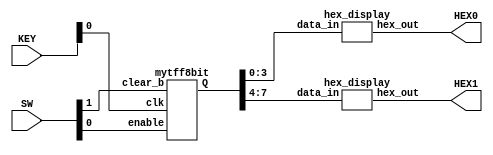
module myTFF(SW, KEY, HEX0, HEX1);
    input [1:0] SW; // SW[0] is the 'enable' switch, SW[1] is the 'clear_b_signal' switch
    input [3:0] KEY; 
    
    output [6:0] HEX0;
    output [6:0] HEX1;     
    
    wire [7:0] w;

    mytff8bit mytff0(   
        .enable(SW[0]),
        .clk(KEY[0]),
        .clear_b(SW[1]),
        .Q(w[7:0])
    );
    
    hex_display d0(
	.data_in(w[3:0]),
	.hex_out(HEX0[6:0])
    );

    hex_display d1(
	.data_in(w[7:4]),
	.hex_out(HEX1[6:0])
    );

endmodule

module mytff8bit(enable, clk, clear_b, Q);
    input enable;
    input clk;
    input clear_b;
    output [7:0] Q;

    toggleflipflop mytff0(
        .t(enable),
        .clock(clk),
        .clear_b_signal(clear_b),
        .q(Q[0])
    );

    toggleflipflop mytff1(
        .t(enable & Q[0]),
        .clock(clk),
        .clear_b_signal(clear_b),
        .q(Q[1])
    );

    toggleflipflop mytff2(
        .t(enable & Q[0] & Q[1]),
        .clock(clk),
        .clear_b_signal(clear_b),
        .q(Q[2])
    );

    toggleflipflop mytff3(
        .t(enable & Q[0] & Q[1] & Q[2]),
        .clock(clk),
        .clear_b_signal(clear_b),
        .q(Q[3])
    );

    toggleflipflop mytff4(
        .t(enable & Q[0] & Q[1] & Q[2] & Q[3]),
        .clock(clk),
        .clear_b_signal(clear_b),
        .q(Q[4])
    );

    toggleflipflop mytff5(
        .t(enable & Q[0] & Q[1] & Q[2] & Q[3] & Q[4]),
        .clock(clk),
        .clear_b_signal(clear_b),
        .q(Q[5])
    );

    toggleflipflop mytff6(
        .t(enable & Q[0] & Q[1] & Q[2] & Q[3] & Q[4] & Q[5]),
        .clock(clk),
        .clear_b_signal(clear_b),
        .q(Q[6])
    );

    toggleflipflop mytff7(
        .t(enable & Q[0] & Q[1] & Q[2] & Q[3] & Q[4] & Q[5] & Q[6]),
        .clock(clk),
        .clear_b_signal(clear_b),
        .q(Q[7])
    );
endmodule

module toggleflipflop(t, clock, clear_b_signal, q);
		input t; // t input fr the given register
		input clock; //Clock signal
		input clear_b_signal; //to clear the register 
		output q; // output of the register. 
		
		reg q;
		
		always @(posedge clock, negedge clear_b_signal)
		begin
			if (clear_b_signal == 1'b0)
				q <= 0;
			else if (t)
				q <= ~q;
		end
endmodule

module hex_display(data_in, hex_out);
	input [3:0] data_in;
	output [6:0] hex_out;
	
	segment_zero s0(
		.c3(data_in[3]),
		.c2(data_in[2]),
		.c1(data_in[1]),
		.c0(data_in[0]),
		.x(hex_out[0])
	);
	
	segment_one s1(
		.c3(data_in[3]),
		.c2(data_in[2]),
		.c1(data_in[1]),
		.c0(data_in[0]),
		.x(hex_out[1])
	);
	
	segment_two s2(
		.c3(data_in[3]),
		.c2(data_in[2]),
		.c1(data_in[1]),
		.c0(data_in[0]),
		.x(hex_out[2])
	);
	
	segment_three s3(
		.c3(data_in[3]),
		.c2(data_in[2]),
		.c1(data_in[1]),
		.c0(data_in[0]),
		.x(hex_out[3])
	);
	
	segment_four s4(
		.c3(data_in[3]),
		.c2(data_in[2]),
		.c1(data_in[1]),
		.c0(data_in[0]),
		.x(hex_out[4])
	);
	
	segment_five s5(
		.c3(data_in[3]),
		.c2(data_in[2]),
		.c1(data_in[1]),
		.c0(data_in[0]),
		.x(hex_out[5])
	);
	
	segment_six s6(
		.c3(data_in[3]),
		.c2(data_in[2]),
		.c1(data_in[1]),
		.c0(data_in[0]),
		.x(hex_out[6])
	);
endmodule

module segment_zero(c3, c2, c1, c0, x);
	input c3;
	input c2;
	input c1;
	input c0;

	output x;
	
	assign x = ~((c3 | c2 | c1 | ~c0) & (c3 | ~c2 | c1 | c0) & (~c3 | ~c2 | c1 | ~c0) & (~c3 | c2 | ~c1 | ~c0));
endmodule

module segment_one(c3, c2, c1, c0, x);
	input c3;
	input c2;
	input c1;
	input c0;

	output x;
	
	assign x = ~((~c1 | ~c0 | ~c3) & (~c1 | c0 | ~c2) & (c1 | c0 | ~c3 | ~c2) & (c1 | ~c0 | c3 | ~c2));
endmodule

module segment_two(c3, c2, c1, c0, x);
	input c3;
	input c2;
	input c1;
	input c0;

	output x;
	
	assign x = ~((~c3 | ~c2 | c1 | c0) & (~c1 | ~c3 | ~c2) & (c3 | c2 | ~c1 | c0));
endmodule

module segment_three(c3, c2, c1, c0, x);
	input c3;
	input c2;
	input c1;
	input c0;

	output x;
	
	assign x = ~((c3 | ~c2 | c1 | c0) & (c2 | c1 | ~c0) & (~c2 | ~c1 | ~c0) & (~c3 | c2 | ~c1 | c0));
endmodule

module segment_four(c3, c2, c1, c0, x);
	input c3;
	input c2;
	input c1;
	input c0;

	output x;
	
	assign x = ~((c1 | c0 | c3 | ~c2) & (c2 | c1 | ~c0) & (~c0 | c3));
endmodule

module segment_five(c3, c2, c1, c0, x);
	input c3;
	input c2;
	input c1;
	input c0;

	output x;
	
	assign x = ~((~c0 | c3 | c2) & (c3 | ~c1 | ~c0) & (~c1 | c3 | c2) & (c1 | ~c0 | ~c3 | ~c2));
endmodule

module segment_six(c3, c2, c1, c0, x);
	input c3;
	input c2;
	input c1;
	input c0;

	output x;
	
	assign x = ~((~c3 | ~c2 | c1 | c0) & (c1 | c3 | c2) & (~c1 | ~c0 | c3 | ~c2));
endmodule